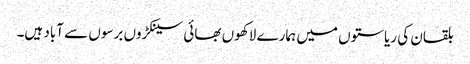
بلقان کی ریاستوں میں ہمارے لاکھوں بھائی سینکڑوں برسوں سے آباد ہیں۔